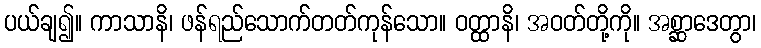
ပယ်ချ၍။ ကာသာနိ၊ ဖန်ရည်သောက်တတ်ကုန်သော။ ဝတ္ထာနိ၊ အဝတ်တို့ကို။ အစ္ဆာဒေတွာ၊